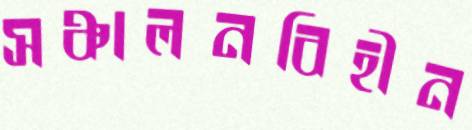
সঞ্চালনবিহীন